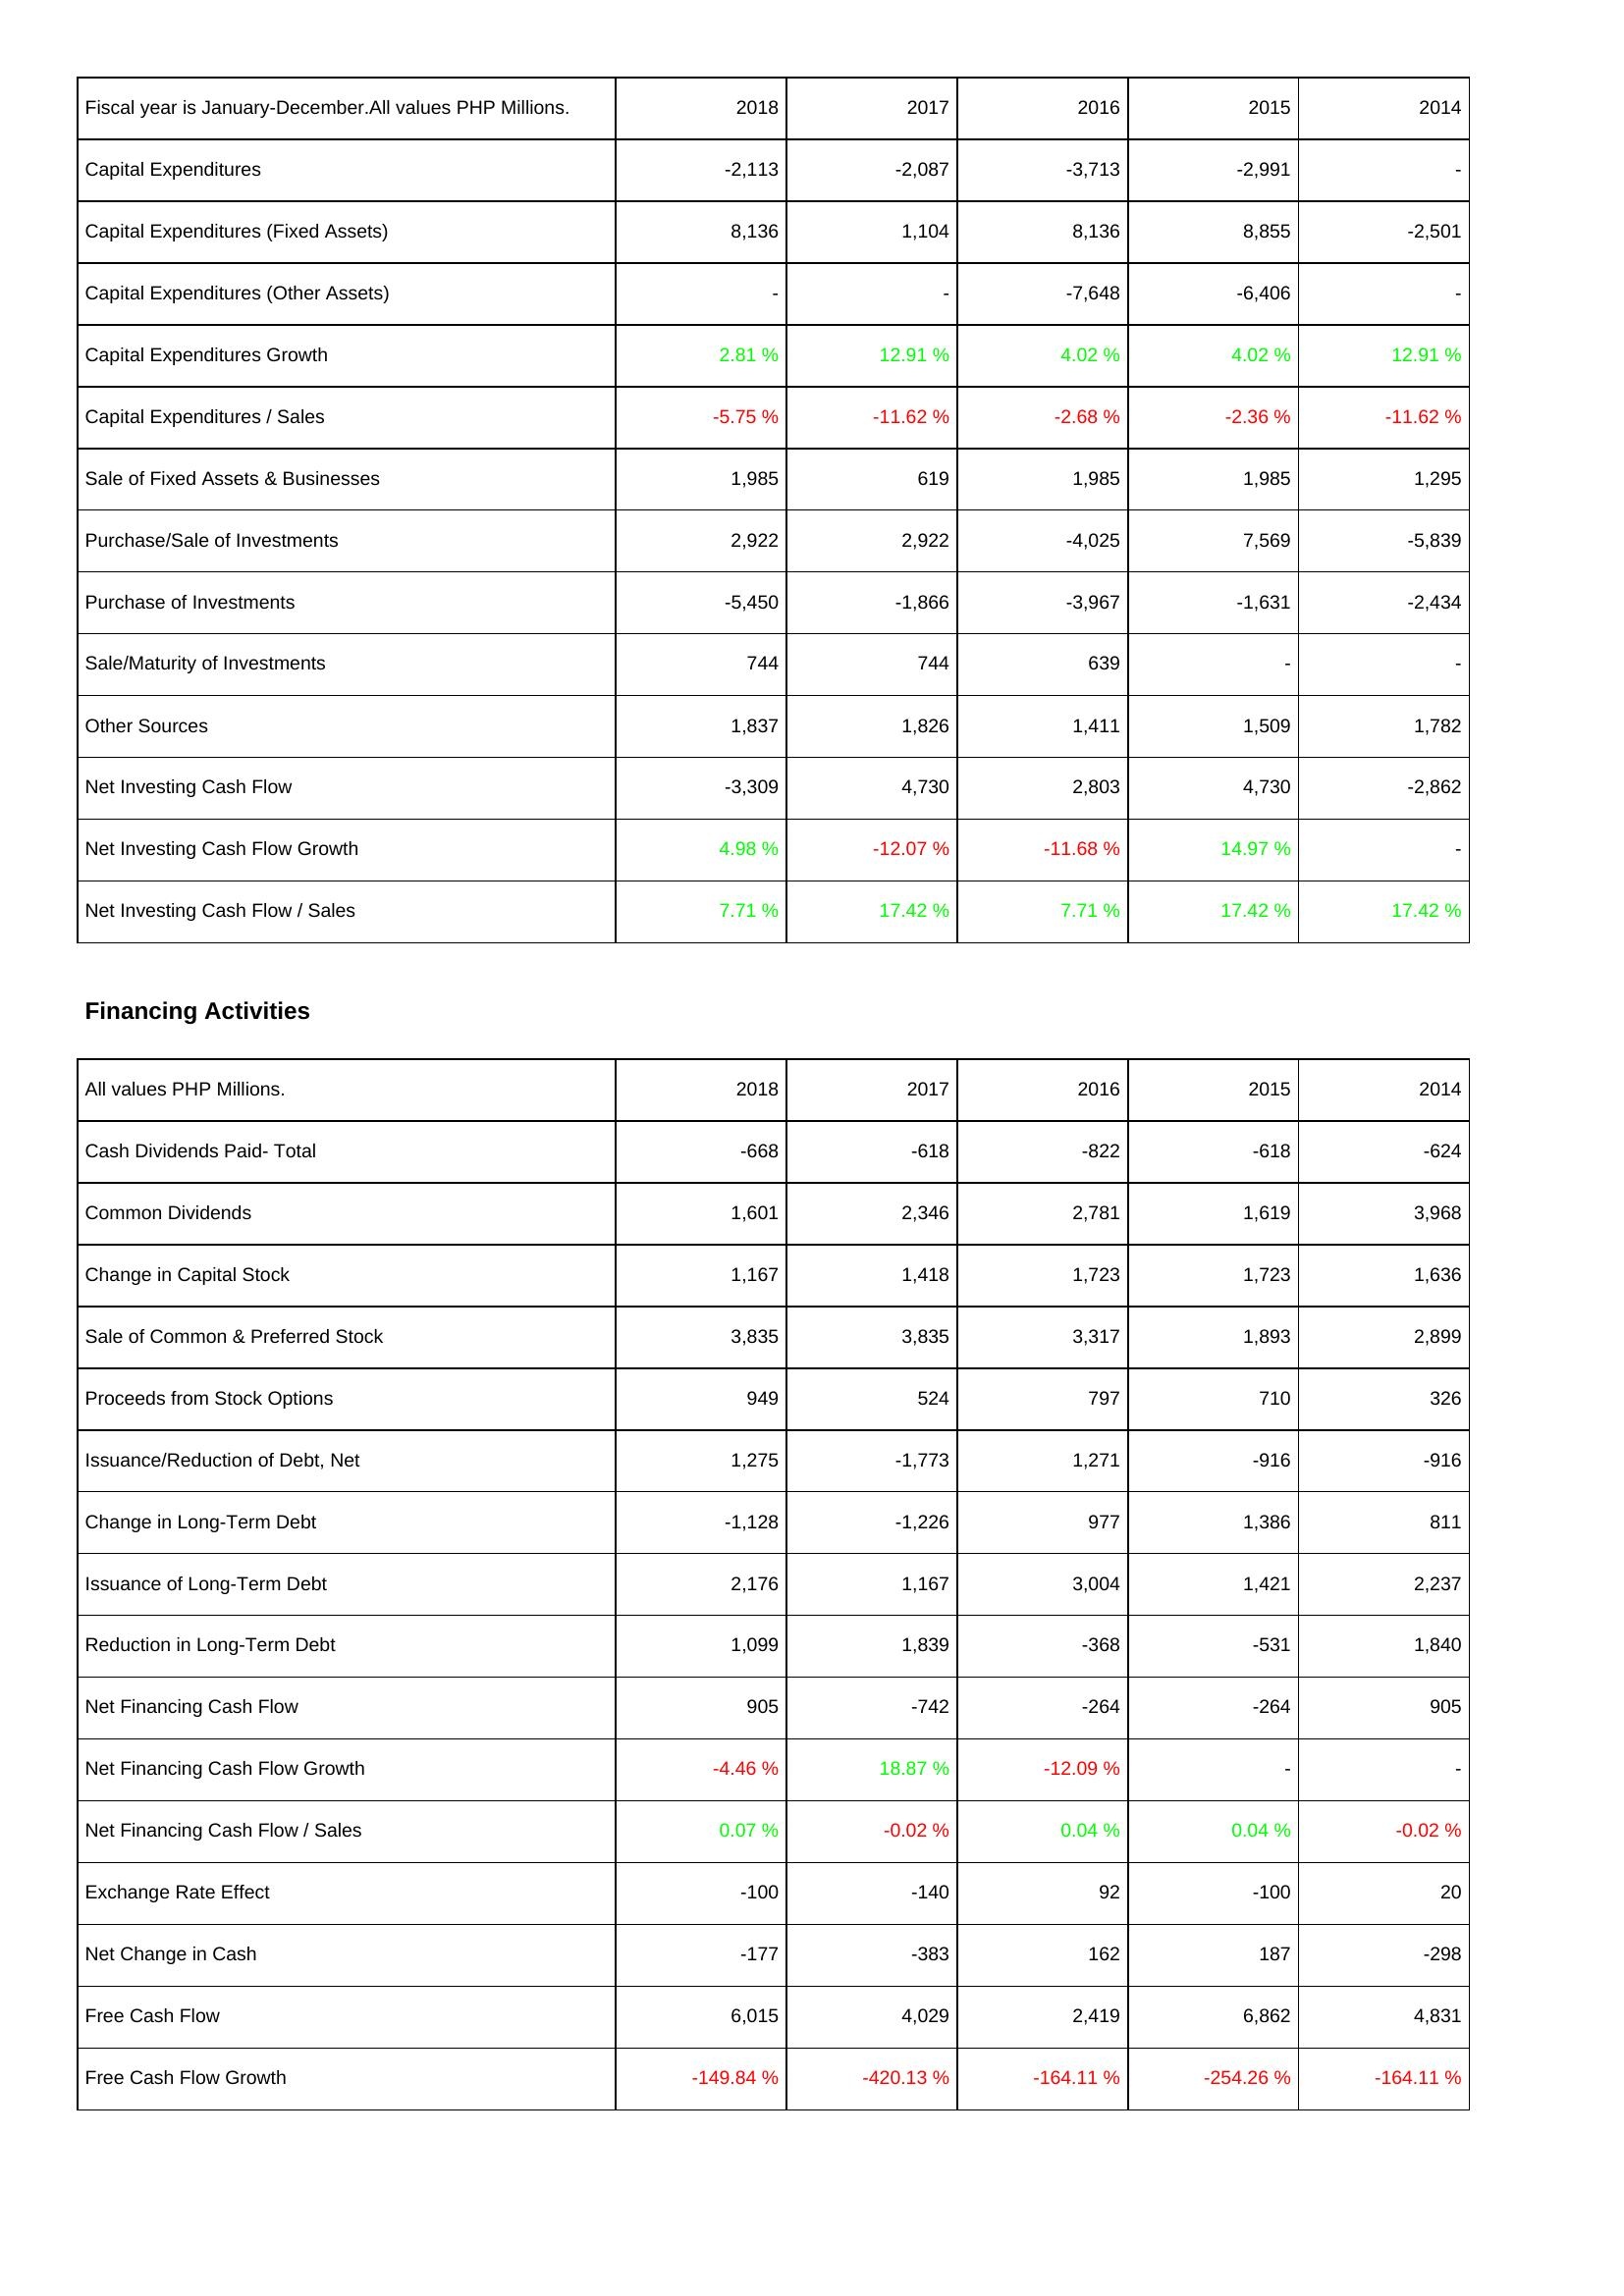
2018: Investing Activities: Capital Expenditures: -2,113
Capital Expenditures (Fixed Assets): 8,136
Capital Expenditures (Other Assets): -
Capital Expenditures Growth: 2.81 %
Capital Expenditures / Sales: -5.75 %
Sale of Fixed Assets & Businesses: 1,985
Purchase/Sale of Investments: 2,922
Purchase of Investments: -5,450
Sale/Maturity of Investments: 744
Other Sources: 1,837
Net Investing Cash Flow: -3,309
Net Investing Cash Flow Growth: 4.98 %
Net Investing Cash Flow / Sales: 7.71 %
Financing Activities: Cash Dividends Paid- Total: -668
Common Dividends: 1,601
Change in Capital Stock: 1,167
Sale of Common & Preferred Stock: 3,835
Proceeds from Stock Options: 949
Issuance/Reduction of Debt, Net: 1,275
Change in Long-Term Debt: -1,128
Issuance of Long-Term Debt: 2,176
Reduction in Long-Term Debt: 1,099
Net Financing Cash Flow: 905
Net Financing Cash Flow Growth: -4.46 %
Net Financing Cash Flow / Sales: 0.07 %
Exchange Rate Effect: -100
Net Change in Cash: -177
Free Cash Flow: 6,015
Free Cash Flow Growth: -149.84 %
2017: Investing Activities: Capital Expenditures: -2,087
Capital Expenditures (Fixed Assets): 1,104
Capital Expenditures (Other Assets): -
Capital Expenditures Growth: 12.91 %
Capital Expenditures / Sales: -11.62 %
Sale of Fixed Assets & Businesses: 619
Purchase/Sale of Investments: 2,922
Purchase of Investments: -1,866
Sale/Maturity of Investments: 744
Other Sources: 1,826
Net Investing Cash Flow: 4,730
Net Investing Cash Flow Growth: -12.07 %
Net Investing Cash Flow / Sales: 17.42 %
Financing Activities: Cash Dividends Paid- Total: -618
Common Dividends: 2,346
Change in Capital Stock: 1,418
Sale of Common & Preferred Stock: 3,835
Proceeds from Stock Options: 524
Issuance/Reduction of Debt, Net: -1,773
Change in Long-Term Debt: -1,226
Issuance of Long-Term Debt: 1,167
Reduction in Long-Term Debt: 1,839
Net Financing Cash Flow: -742
Net Financing Cash Flow Growth: 18.87 %
Net Financing Cash Flow / Sales: -0.02 %
Exchange Rate Effect: -140
Net Change in Cash: -383
Free Cash Flow: 4,029
Free Cash Flow Growth: -420.13 %
2016: Investing Activities: Capital Expenditures: -3,713
Capital Expenditures (Fixed Assets): 8,136
Capital Expenditures (Other Assets): -7,648
Capital Expenditures Growth: 4.02 %
Capital Expenditures / Sales: -2.68 %
Sale of Fixed Assets & Businesses: 1,985
Purchase/Sale of Investments: -4,025
Purchase of Investments: -3,967
Sale/Maturity of Investments: 639
Other Sources: 1,411
Net Investing Cash Flow: 2,803
Net Investing Cash Flow Growth: -11.68 %
Net Investing Cash Flow / Sales: 7.71 %
Financing Activities: Cash Dividends Paid- Total: -822
Common Dividends: 2,781
Change in Capital Stock: 1,723
Sale of Common & Preferred Stock: 3,317
Proceeds from Stock Options: 797
Issuance/Reduction of Debt, Net: 1,271
Change in Long-Term Debt: 977
Issuance of Long-Term Debt: 3,004
Reduction in Long-Term Debt: -368
Net Financing Cash Flow: -264
Net Financing Cash Flow Growth: -12.09 %
Net Financing Cash Flow / Sales: 0.04 %
Exchange Rate Effect: 92
Net Change in Cash: 162
Free Cash Flow: 2,419
Free Cash Flow Growth: -164.11 %
2015: Investing Activities: Capital Expenditures: -2,991
Capital Expenditures (Fixed Assets): 8,855
Capital Expenditures (Other Assets): -6,406
Capital Expenditures Growth: 4.02 %
Capital Expenditures / Sales: -2.36 %
Sale of Fixed Assets & Businesses: 1,985
Purchase/Sale of Investments: 7,569
Purchase of Investments: -1,631
Sale/Maturity of Investments: -
Other Sources: 1,509
Net Investing Cash Flow: 4,730
Net Investing Cash Flow Growth: 14.97 %
Net Investing Cash Flow / Sales: 17.42 %
Financing Activities: Cash Dividends Paid- Total: -618
Common Dividends: 1,619
Change in Capital Stock: 1,723
Sale of Common & Preferred Stock: 1,893
Proceeds from Stock Options: 710
Issuance/Reduction of Debt, Net: -916
Change in Long-Term Debt: 1,386
Issuance of Long-Term Debt: 1,421
Reduction in Long-Term Debt: -531
Net Financing Cash Flow: -264
Net Financing Cash Flow Growth: -
Net Financing Cash Flow / Sales: 0.04 %
Exchange Rate Effect: -100
Net Change in Cash: 187
Free Cash Flow: 6,862
Free Cash Flow Growth: -254.26 %
2014: Investing Activities: Capital Expenditures: -
Capital Expenditures (Fixed Assets): -2,501
Capital Expenditures (Other Assets): -
Capital Expenditures Growth: 12.91 %
Capital Expenditures / Sales: -11.62 %
Sale of Fixed Assets & Businesses: 1,295
Purchase/Sale of Investments: -5,839
Purchase of Investments: -2,434
Sale/Maturity of Investments: -
Other Sources: 1,782
Net Investing Cash Flow: -2,862
Net Investing Cash Flow Growth: -
Net Investing Cash Flow / Sales: 17.42 %
Financing Activities: Cash Dividends Paid- Total: -624
Common Dividends: 3,968
Change in Capital Stock: 1,636
Sale of Common & Preferred Stock: 2,899
Proceeds from Stock Options: 326
Issuance/Reduction of Debt, Net: -916
Change in Long-Term Debt: 811
Issuance of Long-Term Debt: 2,237
Reduction in Long-Term Debt: 1,840
Net Financing Cash Flow: 905
Net Financing Cash Flow Growth: -
Net Financing Cash Flow / Sales: -0.02 %
Exchange Rate Effect: 20
Net Change in Cash: -298
Free Cash Flow: 4,831
Free Cash Flow Growth: -164.11 %